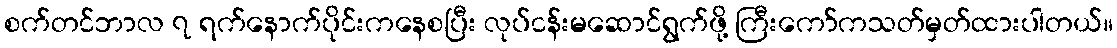
စက်တင်ဘာလ ၇ ရက်နောက်ပိုင်းကနေစပြီး လုပ်ငန်းမဆောင်ရွက်ဖို့ ကြီးကော်ကသတ်မှတ်ထားပါတယ်။